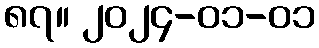
၈၇။ ၂၀၂၄-၀၁-၀၁